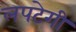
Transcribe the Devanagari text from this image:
लपटेगी